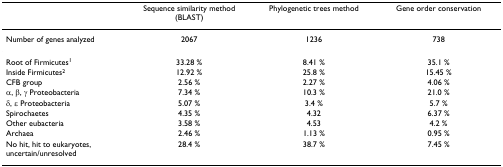
|  | Sequence similarity method (BLAST) | Phylogenetic trees method | Gene order conservation |
 | --- | --- | --- | --- |
 | Number of genes analyzed | 2067 | 1236 | 738 |
 | Root of Firmicutes1 | 33.28 % | 8.41 % | 35.1 % |
 | Inside Firmicutes2 | 12.92 % | 25.8 % | 15.45 % |
 | CFB group | 2.56 % | 2.27 % | 4.06 % |
 | α, β, γ Proteobacteria | 7.34 % | 10.3 % | 21.0 % |
 | δ, ε Proteobacteria | 5.07 % | 3.4 % | 5.7 % |
 | Spirochaetes | 4.35 % | 4.32 | 6.37 % |
 | Other eubacteria | 3.58 % | 4.53 | 4.2 % |
 | Archaea | 2.46 % | 1.13 % | 0.95 % |
 | No hit, hit to eukaryotes, uncertain/unresolved | 28.4 % | 38.7 % | 7.45 % |